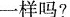
一样吗？